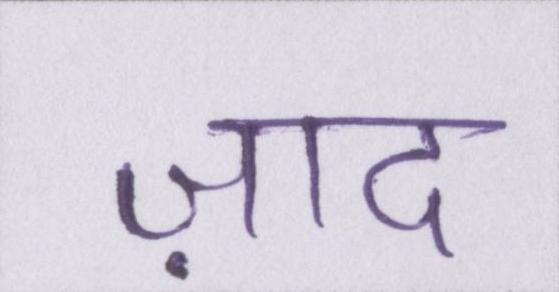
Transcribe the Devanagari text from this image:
ज़ाद